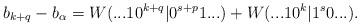
LaTeX: \begin{align*} b_{k+q} - b_\alpha = W(...10^{k+q}|0^{s+p}1...) + W(...10^k |1^s0...).\end{align*}